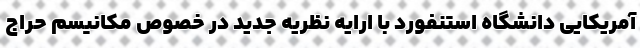
آمریکایی دانشگاه استنفورد با ارایه نظریه جدید در خصوص مکانیسم حراج